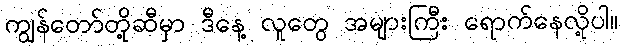
ကျွန်တော်တို့ဆီမှာ ဒီနေ့ လူတွေ အများကြီး ရောက်နေလို့ပါ။